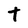
Character: t